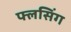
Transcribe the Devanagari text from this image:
फ्लसिंग